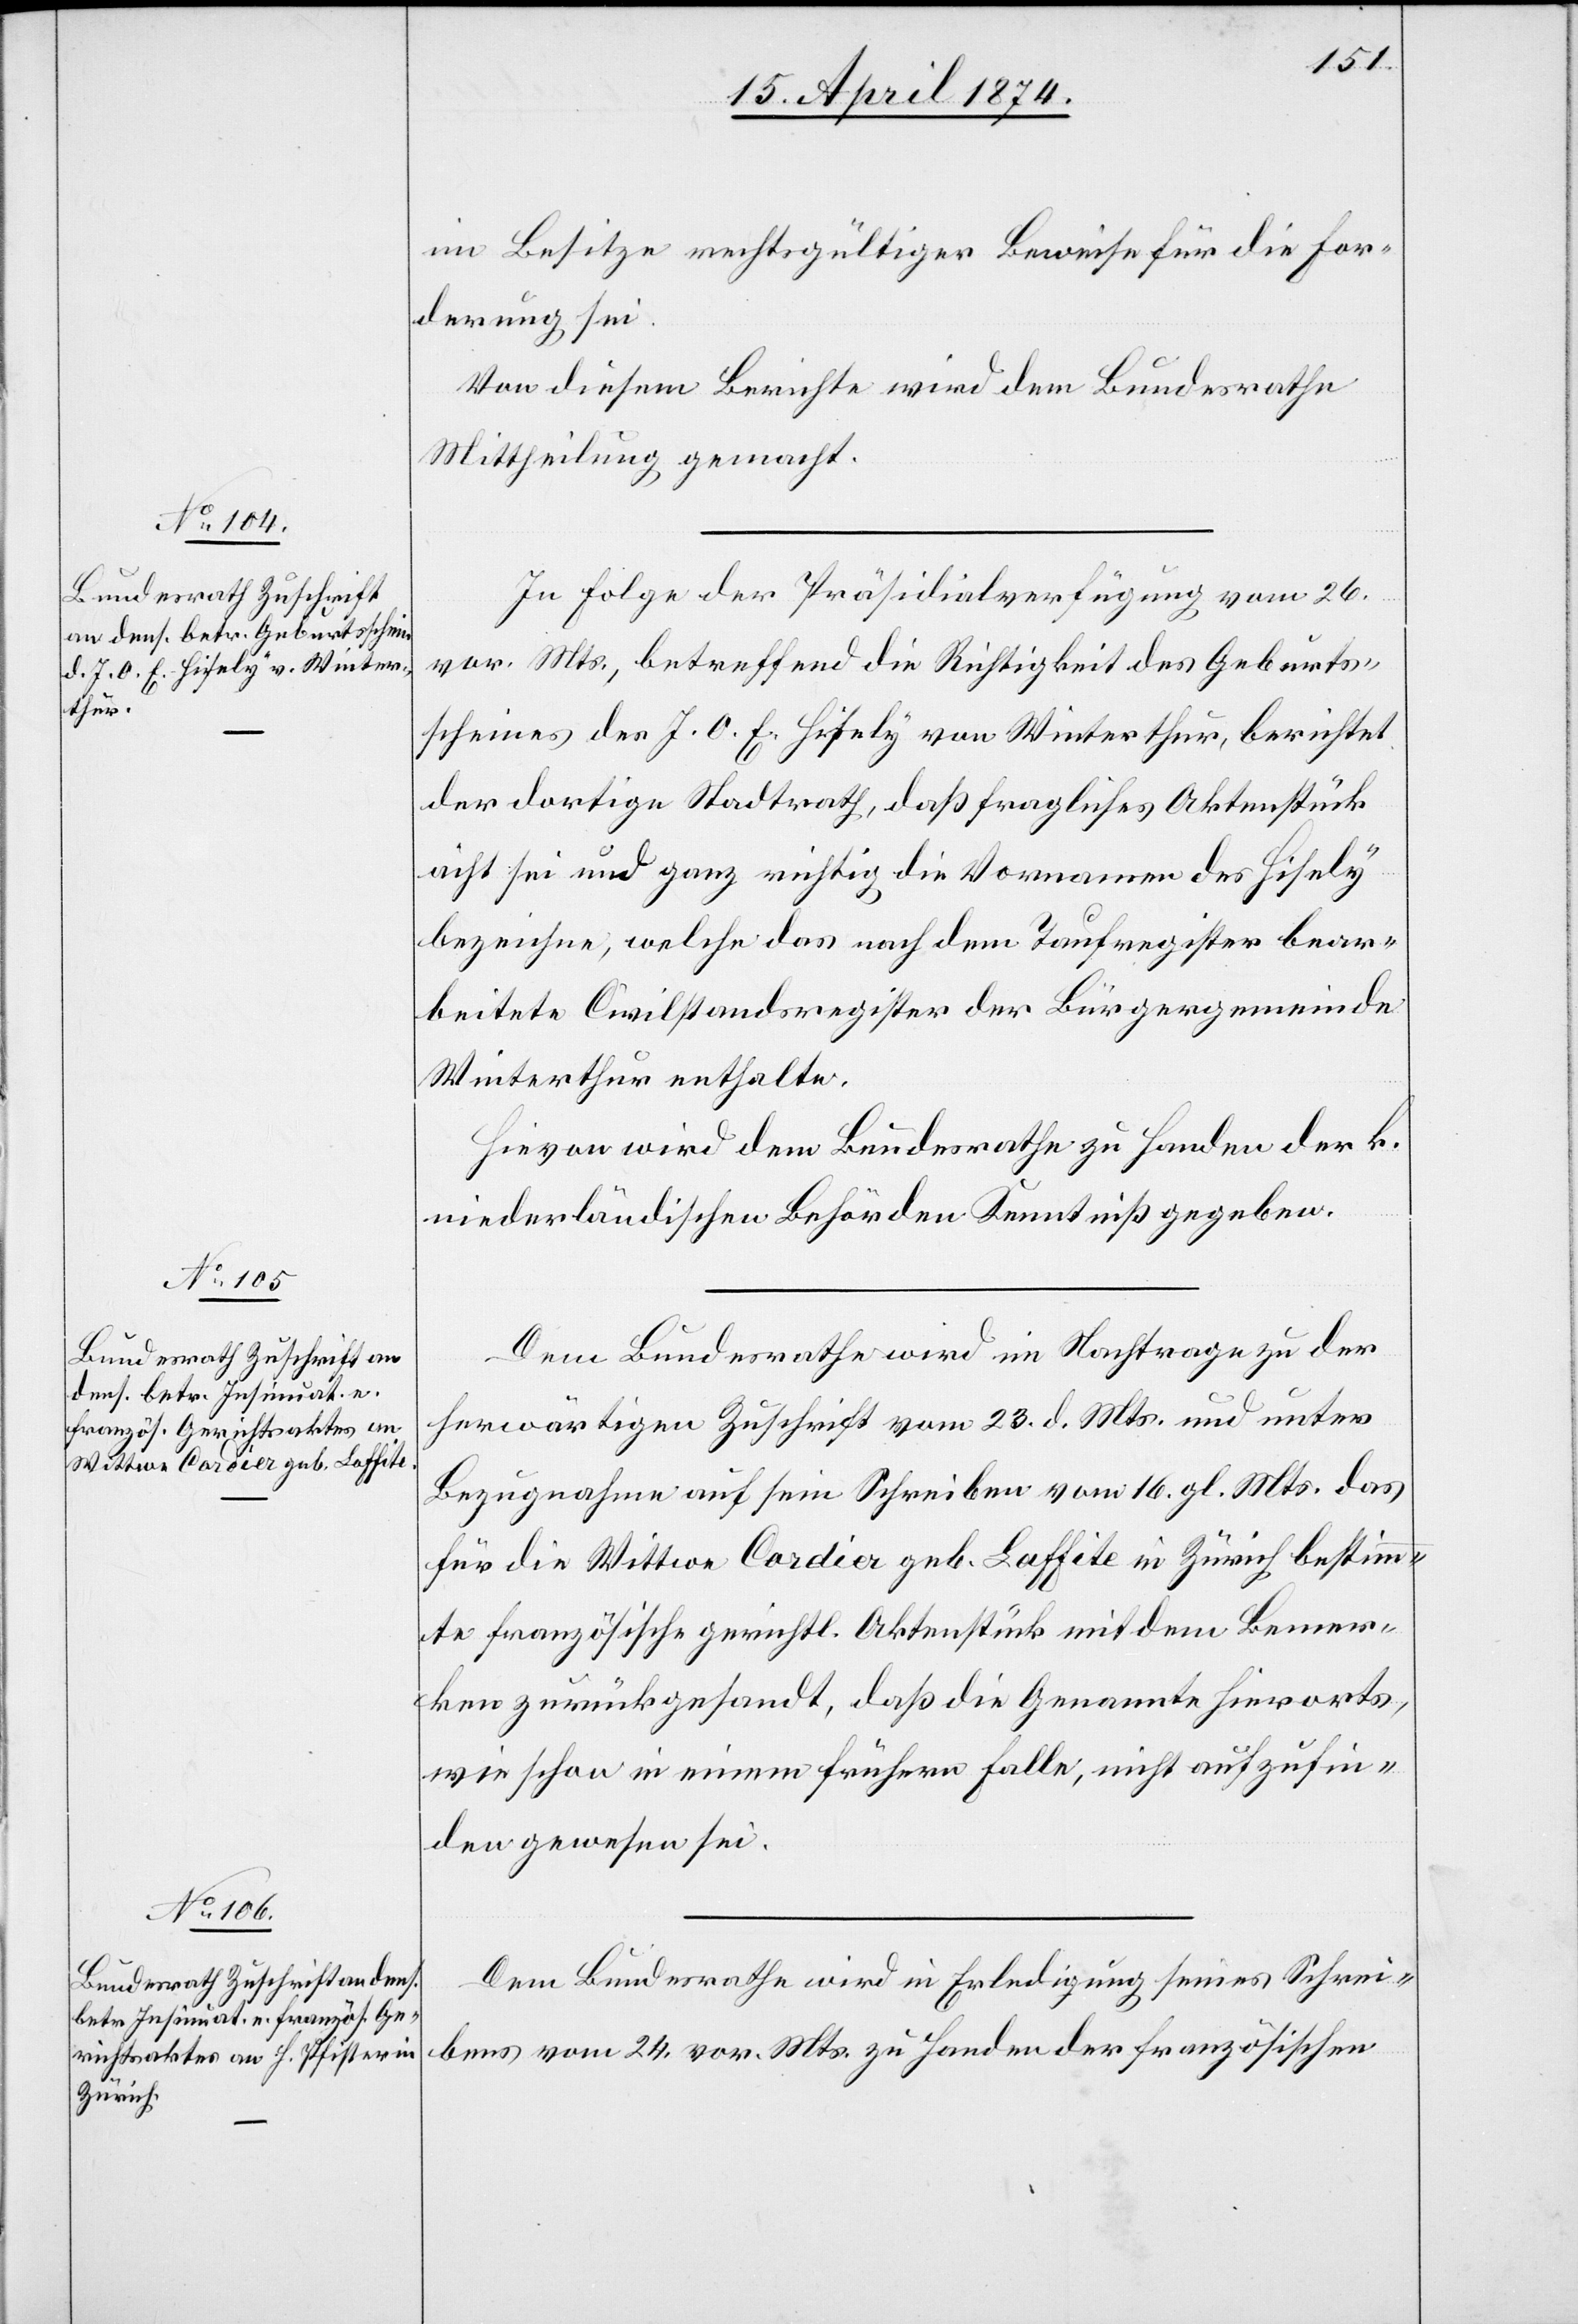
15. April 1874.]
im Besitze rechtsgültiger Beweise für die For¬
derung sei.
Von diesem Berichte wird dem Bundesrathe
Mittheilung gemacht.
In Folge der Präsidialverfügung vom 26.
vor. Mts., betreffend die Richtigkeit des Geburts¬
scheines des J. O. E. Hisely von Winterthur, berichtet
der dortige Stadtrath, daß fragliches Aktenstück
echt] sei und ganz richtig die Vornamen des Hisely
bezeichne, welche das nach dem Taufregister bear¬
beitete Civilstandsregister der Bürgergemeinde
Winterthur enthalte.
Hievon wird dem Bundesrathe zu Handen der k.
niederländischen Behörden Kenntniß gegeben.
Dem Bundesrathe wird im Nachtrage zu der
herwärtigen Zuschrift vom 23. d. Mts. und unter
Bezugnahme auf sein Schreiben vom 16. gl. Mts. das
für die Wittwe Cordia geb. Laffite in Zürich bestimm¬
te französische gerichtl. Aktenstück mit dem Bemer¬
ken zurückgesandt, daß die Genannte hierorts,
wie schon in einem frühern Falle, nicht aufzufin¬
den gewesen sei.
Dem Bundesrathe wird in Erledigung seines Schrei¬
bens vom 24. vor. Mts. zu Handen der französischen